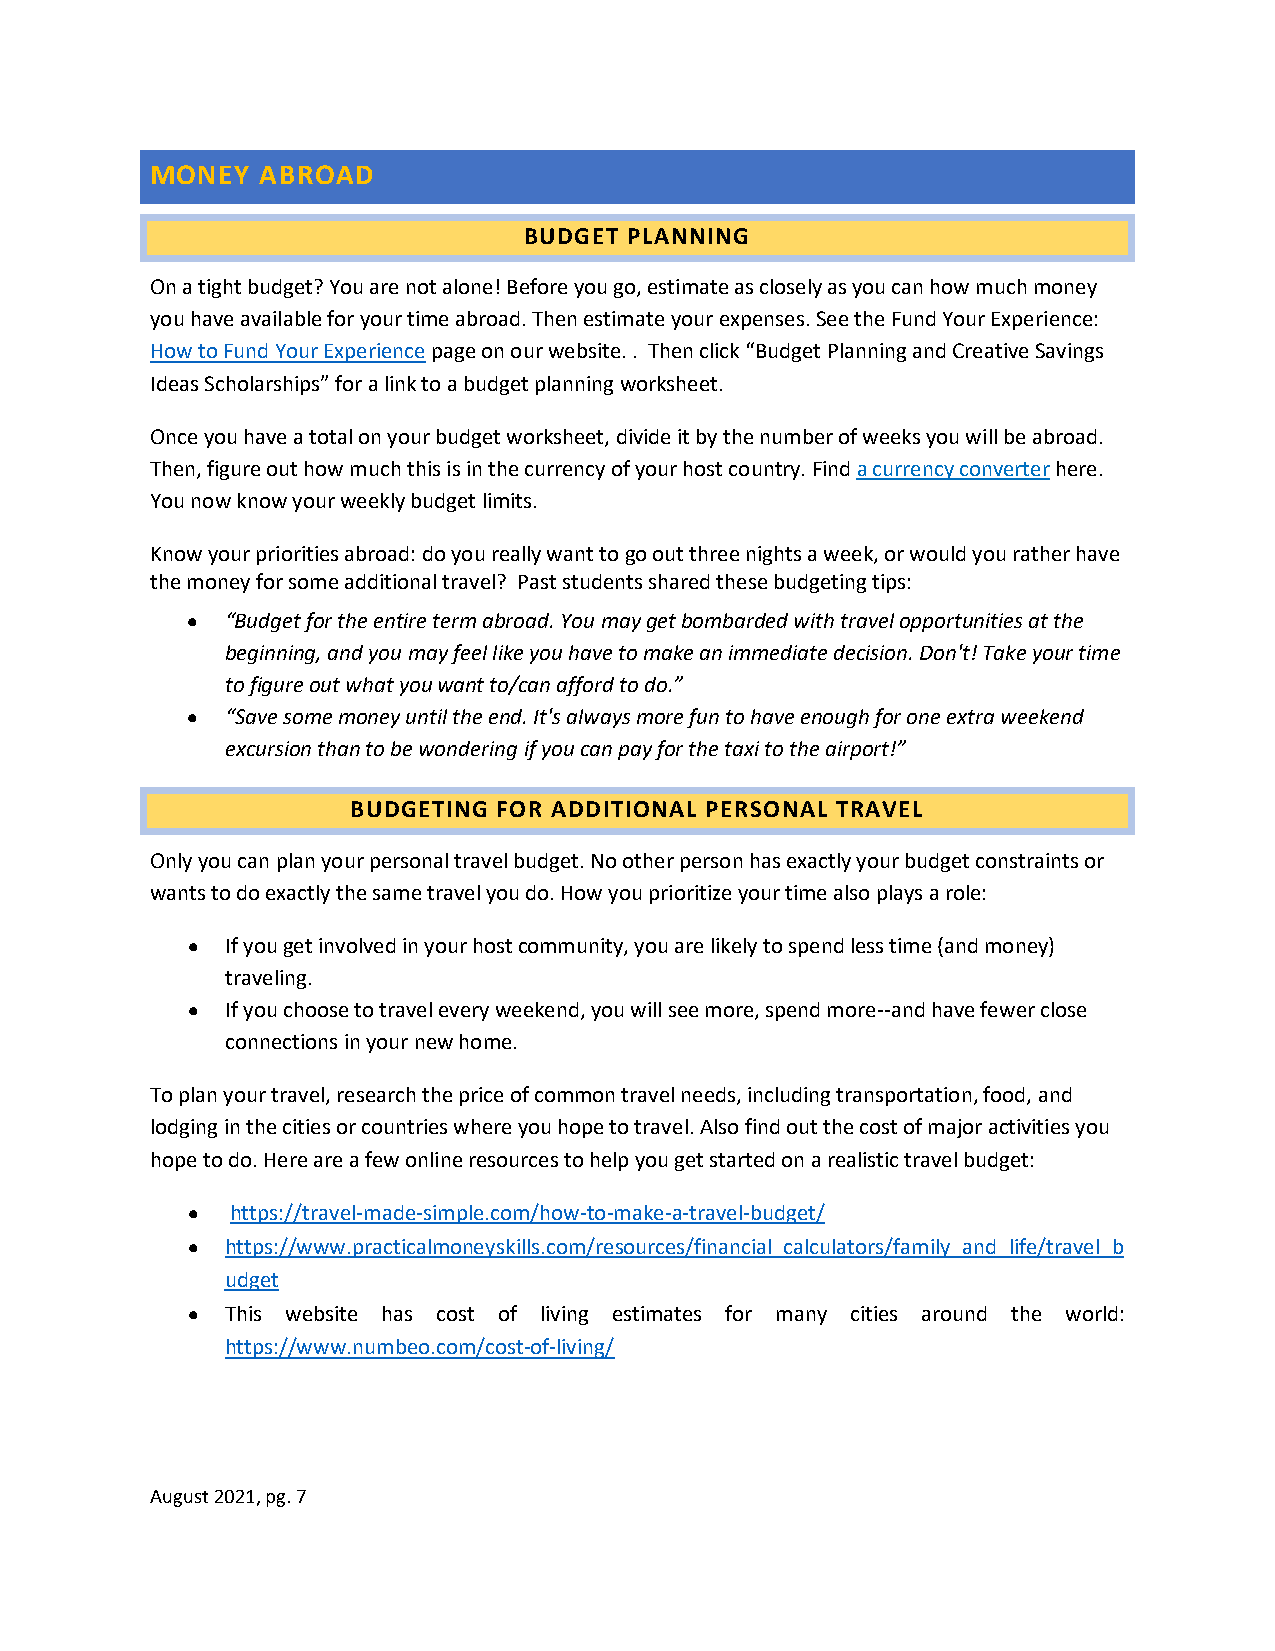
MONEY  ABROAD
 BUDGET PLANNING
 On a tight budget? You are not alone! Before you go, estimate as closely as you can how much money
 you have available for your time abroad. Then estimate your expenses. See the Fund Your Experience:
 How to Fund Your Experience page on our website. . Then click “Budget Planning and Creative Savings
 Ideas Scholarships” for a link to a budget planning worksheet.
 Once you have a total on your budget worksheet, divide it by the number of weeks you will be abroad.
 Then, figure out how much this is in the currency of your host country. Find a currency converter here.
 You now know your weekly budget limits.
 Know your priorities abroad: do you really want to go out three nights a week, or would you rather have
 the money for some additional travel? Past students shared these budgeting tips:
 •  “Budget for the entire term abroad. You may get bombarded with travel opportunities at the
 beginning, and you may feel like you have to make an immediate decision. Don't! Take your time
 to figure out what you want to/can afford to do.”
 •  “Save some money until the end. It's always more fun to have enough for one extra weekend
 excursion than to be wondering if you can pay for the taxi to the airport!”
 BUDGETING FOR ADDITIONAL PERSONAL TRAVEL
 Only you can plan your personal travel budget. No other person has exactly your budget constraints or
 wants to do exactly the same travel you do. How you prioritize your time also plays a role:
 •  If you get involved in your host community, you are likely to spend less time (and money)
 traveling.
 •  If you choose to travel every weekend, you will see more, spend more--and have fewer close
 connections in your new home.
 To plan your travel, research the price of common travel needs, including transportation, food, and
 lodging in the cities or countries where you hope to travel. Also find out the cost of major activities you
 hope to do. Here are a few online resources to help you get started on a realistic travel budget:
 •  https://travel-made-simple.com/how-to-make-a-travel-budget/
 •  https://www.practicalmoneyskills.com/resources/financial_calculators/family_and_life/travel_b
 udget
 •  This website has cost of living estimates for many cities around the world:
 https://www.numbeo.com/cost-of-living/
 August 2021, pg. 7